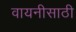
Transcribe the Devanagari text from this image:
वायनीसाठी